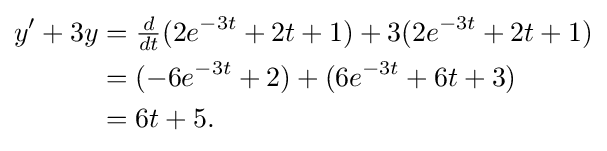
{\begin{aligned}y'+3y&={\tfrac {d}{dt}}(2e^{-3t}+2t+1)+3(2e^{-3t}+2t+1)\\&=(-6e^{-3t}+2)+(6e^{-3t}+6t+3)\\&=6t+5.\end{aligned}}